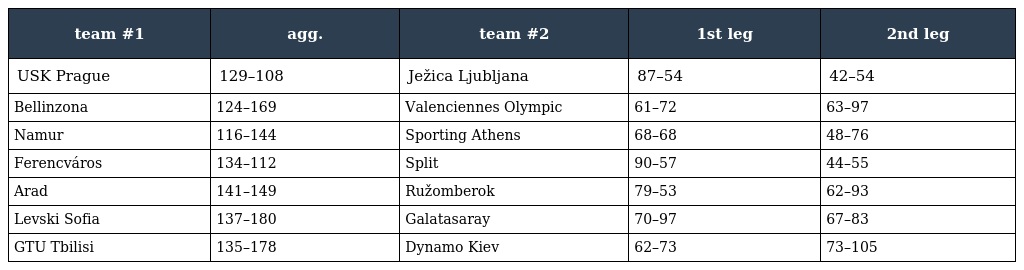
| team #1 | agg. | team #2 | 1st leg | 2nd leg |
 | --- | --- | --- | --- | --- |
 | USK Prague | 129–108 | Ježica Ljubljana | 87–54 | 42–54 |
 | Bellinzona | 124–169 | Valenciennes Olympic | 61–72 | 63–97 |
 | Namur | 116–144 | Sporting Athens | 68–68 | 48–76 |
 | Ferencváros | 134–112 | Split | 90–57 | 44–55 |
 | Arad | 141–149 | Ružomberok | 79–53 | 62–93 |
 | Levski Sofia | 137–180 | Galatasaray | 70–97 | 67–83 |
 | GTU Tbilisi | 135–178 | Dynamo Kiev | 62–73 | 73–105 |